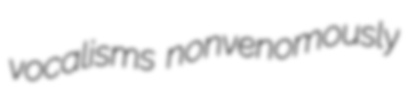
vocalisms nonvenomously